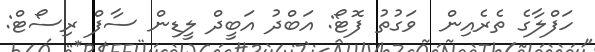
ހަފްލާގެ ތެރެއިން  ވަގުތު ފޮޓޯ: އަބްދު އަބީދް ލީޑިން ސާފް ރިސޯޓް: